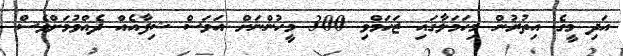
އަދި މީގެ އިތުރުން މިހަމަލާގައި ޒަހަމްވި 300 މީހުންނަށް އަވަސް ޝިފާއެއް ދެއްވުމަށްވެސް